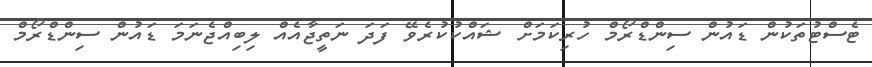
ޓެސްޓުތަކުން ޑައުން ސިންޑްރޯމް ހުރިކަމަށް ޝައްކުކުރެވޭ ފަދަ ނަތީޖާއެއް ލިބިއްޖެނަމަ ޑައުން ސިންޑްރޯމް